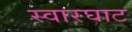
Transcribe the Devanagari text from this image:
स्‍वारघाट